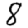
Digit: 8